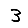
Digit: 3